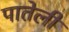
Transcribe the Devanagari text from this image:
पातेली